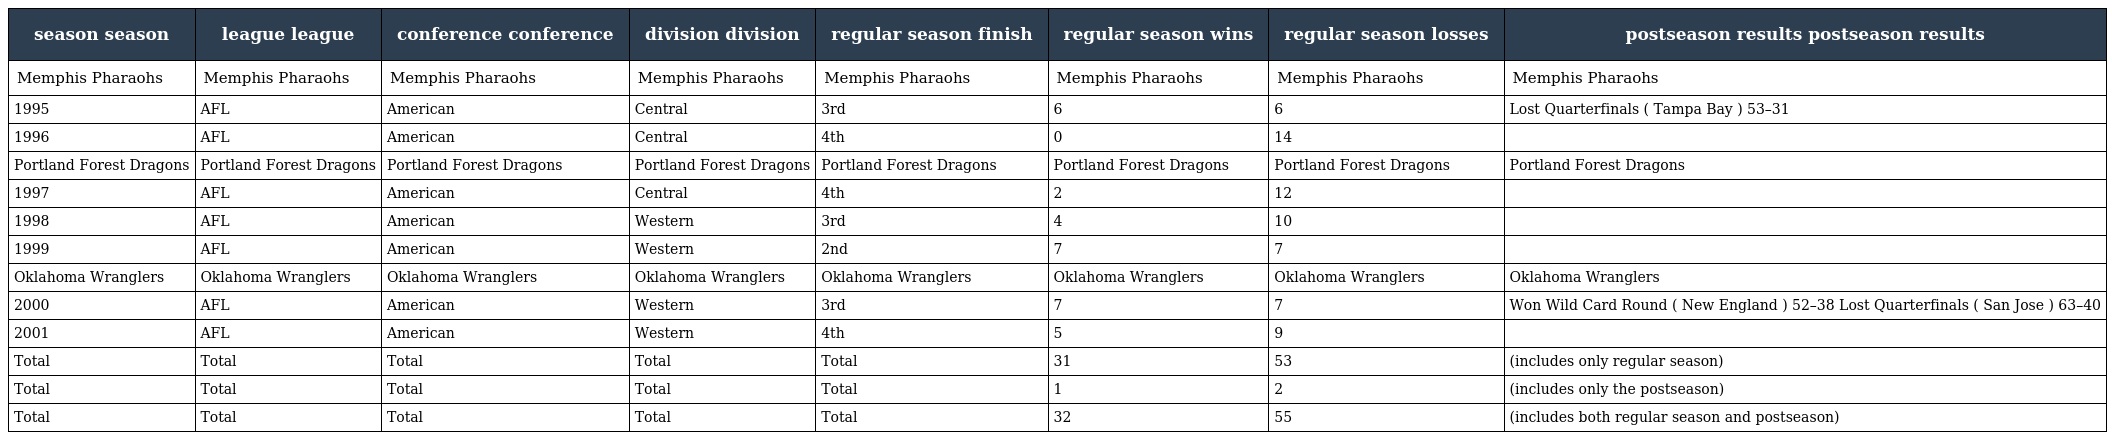
| season season | league league | conference conference | division division | regular season finish | regular season wins | regular season losses | postseason results postseason results |
 | --- | --- | --- | --- | --- | --- | --- | --- |
 | Memphis Pharaohs | Memphis Pharaohs | Memphis Pharaohs | Memphis Pharaohs | Memphis Pharaohs | Memphis Pharaohs | Memphis Pharaohs | Memphis Pharaohs |
 | 1995 | AFL | American | Central | 3rd | 6 | 6 | Lost Quarterfinals ( Tampa Bay ) 53–31 |
 | 1996 | AFL | American | Central | 4th | 0 | 14 |  |
 | Portland Forest Dragons | Portland Forest Dragons | Portland Forest Dragons | Portland Forest Dragons | Portland Forest Dragons | Portland Forest Dragons | Portland Forest Dragons | Portland Forest Dragons |
 | 1997 | AFL | American | Central | 4th | 2 | 12 |  |
 | 1998 | AFL | American | Western | 3rd | 4 | 10 |  |
 | 1999 | AFL | American | Western | 2nd | 7 | 7 |  |
 | Oklahoma Wranglers | Oklahoma Wranglers | Oklahoma Wranglers | Oklahoma Wranglers | Oklahoma Wranglers | Oklahoma Wranglers | Oklahoma Wranglers | Oklahoma Wranglers |
 | 2000 | AFL | American | Western | 3rd | 7 | 7 | Won Wild Card Round ( New England ) 52–38 Lost Quarterfinals ( San Jose ) 63–40 |
 | 2001 | AFL | American | Western | 4th | 5 | 9 |  |
 | Total | Total | Total | Total | Total | 31 | 53 | (includes only regular season) |
 | Total | Total | Total | Total | Total | 1 | 2 | (includes only the postseason) |
 | Total | Total | Total | Total | Total | 32 | 55 | (includes both regular season and postseason) |